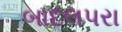
બાદલપરા